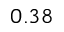
0 . 3 8